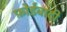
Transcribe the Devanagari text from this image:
फ़ोर्डवादी